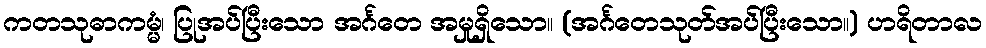
ကတသုဓာကမ္မံ၊ ပြုအပ်ပြီးသော အင်္ဂတေ အမှုရှိသော။ (အင်္ဂတေသုတ်အပ်ပြီးသော။) ဟရိတာလ